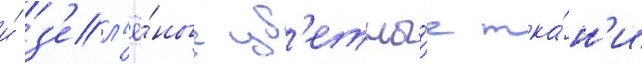
и́ з'ел'ё́ные цв'етны́е тка́н'и